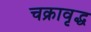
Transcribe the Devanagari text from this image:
चक्रावृद्ध